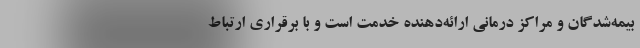
بیمه‌شدگان و مراکز درمانی ارائه‌دهنده خدمت است و با برقراری ارتباط